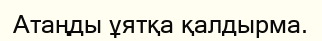
Атаңды ұятқа қалдырма.